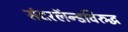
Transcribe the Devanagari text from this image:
संदरलॅन्डविरुद्ध